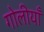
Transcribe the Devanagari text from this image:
गोलीयाँ